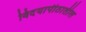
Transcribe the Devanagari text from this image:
विदयापीठातील